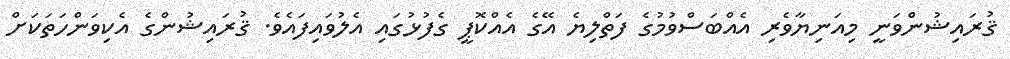
ޤުރައިޝުންވަނީ މިއަނިޔާވެރި އެއްބަސްވުމުގެ ފަތްލިޔެ އޭގެ އެއްކޮޕީ ގެފުޅުގައި އެލުވައިފައެވެ. ޤުރައިޝުންގެ އެކިވަންހަތަކަށް